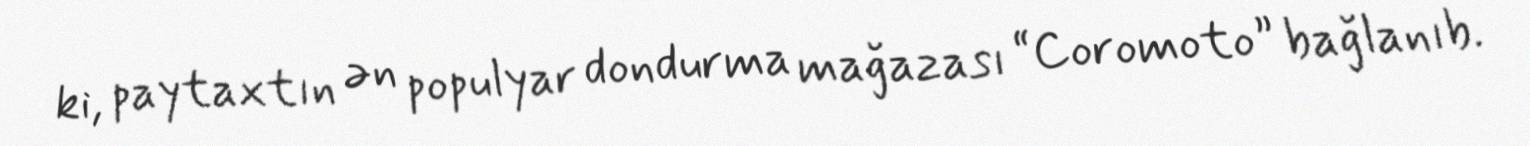
ki, paytaxtın ən populyar dondurma mağazası “Coromoto” bağlanıb.